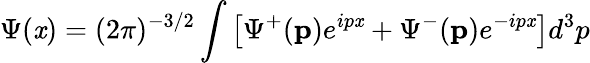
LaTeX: \Psi(\mathit{x})=(2\pi)^{-3/2}\int\left[\Psi^{+}(\mathbf{{p}})e^{ip\mathit{x}}+\Psi^{-}(\mathbf{{p}})e^{-ip\mathit{x}}\right]d^{3}p